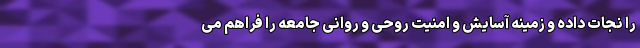
را نجات داده و زمینه آسایش و امنیت روحی و روانی جامعه را فراهم می